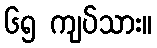
၆၅ ကျပ်သား။